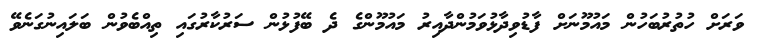
ވަރަށް ހުުތުރުބަހުން މައުމޫނަށް ފާޑުވިދާޅުވަމުންދާއިރު މައުމޫންގެ ދެ ބޭފުޅުން ސަރުކާރުގައި ތިއްބެވުން ބަލައިނުގަނެވޭ